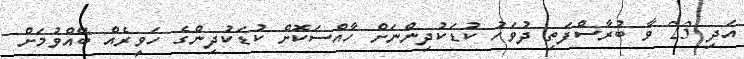
އަދި 23 ވާ ބުރާސްފަތި ދުވަހު ކުޑަކުދިންނަށް ހާއްސަކޮށް ކުޑަކުދިންގެ ހަވީރެއް ބޭއްވުމަށް